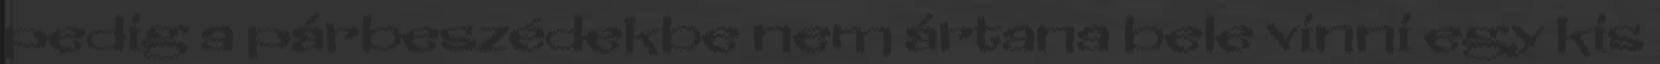
pedig a párbeszédekbe nem ártana bele vinni egy kis